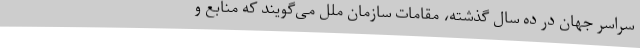
سراسر جهان در ده سال گذشته، مقامات سازمان ملل می‌گویند که منابع و